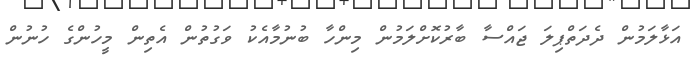
އަޅާލަމުން ދެދަތްޕިލަ ޖައްސާ ބާރުކޮށްލަމުން މިންހާ ބުނުމާއެކު ވަގުތުން އެތިން މީހުންގެ ހުނުން